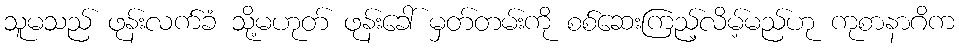
သူမသည် ဖုန်းလက်ခံ သို့မဟုတ် ဖုန်းခေါ် မှတ်တမ်းကို စစ်ဆေးကြည့်လိမ့်မည်ဟု ကုစာနာဂိက